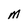
Character: M